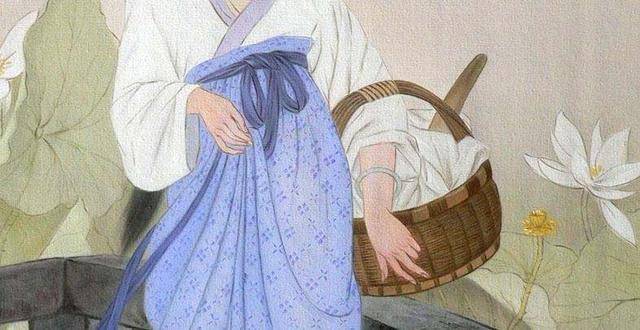
夫死战场子在腹，妾身虽存如昼烛。